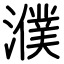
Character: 濮